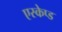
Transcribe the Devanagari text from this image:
एस्केप्ड